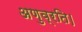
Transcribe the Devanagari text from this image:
अणुव्रति।